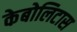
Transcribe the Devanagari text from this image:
केबोलिटास